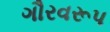
ગૌરવરૂપ